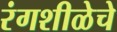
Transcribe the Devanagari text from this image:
रंगशीळेचे